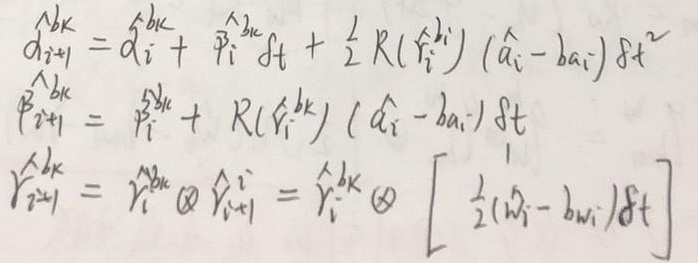
\[
\begin{align*}
\hat{\alpha}_{i + 1}^{b_k}&=\hat{\alpha}_{i}^{b_k}+\hat{\beta}_{i}^{b_k}\delta t+\frac{1}{2}R(\hat{\gamma}_{i}^{b_k})(\hat{a}_{i}-b_{a_i})\delta t^{2}\\
\hat{\beta}_{i + 1}^{b_k}&=\hat{\beta}_{i}^{b_k}+R(\hat{\gamma}_{i}^{b_k})(\hat{a}_{i}-b_{a_i})\delta t\\
\hat{\gamma}_{i + 1}^{b_k}&=\hat{\gamma}_{i}^{b_k}\otimes\hat{\gamma}_{i + 1}^{i}=\hat{\gamma}_{i}^{b_k}\otimes\left[\frac{1}{2}(\hat{\omega}_{i}-b_{\omega_i})\delta t\right]
\end{align*}
\]